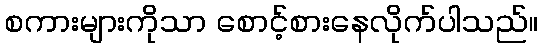
စကားများကိုသာ စောင့်စားနေလိုက်ပါသည်။